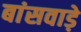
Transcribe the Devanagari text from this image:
बांसवाड़े